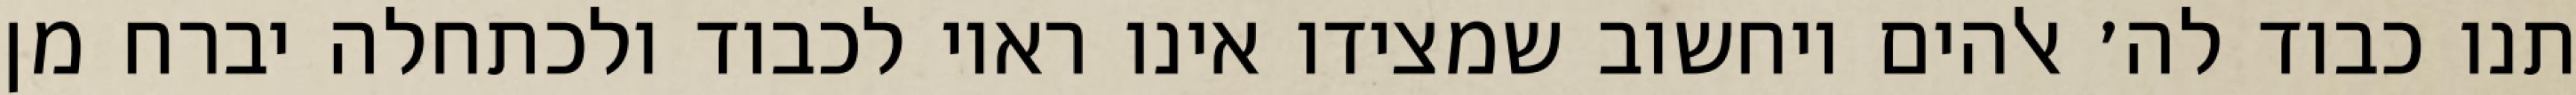
תנו כבוד לה׳ אלהים ויחשוב שמצידו אינו ראוי לכבוד ולכתחלה יברח מן